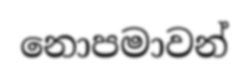
නොපමාවන්